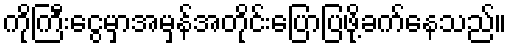
ကိုကြီးငွေမှာအမှန်အတိုင်းပြောပြဖို့ခက်နေသည်။